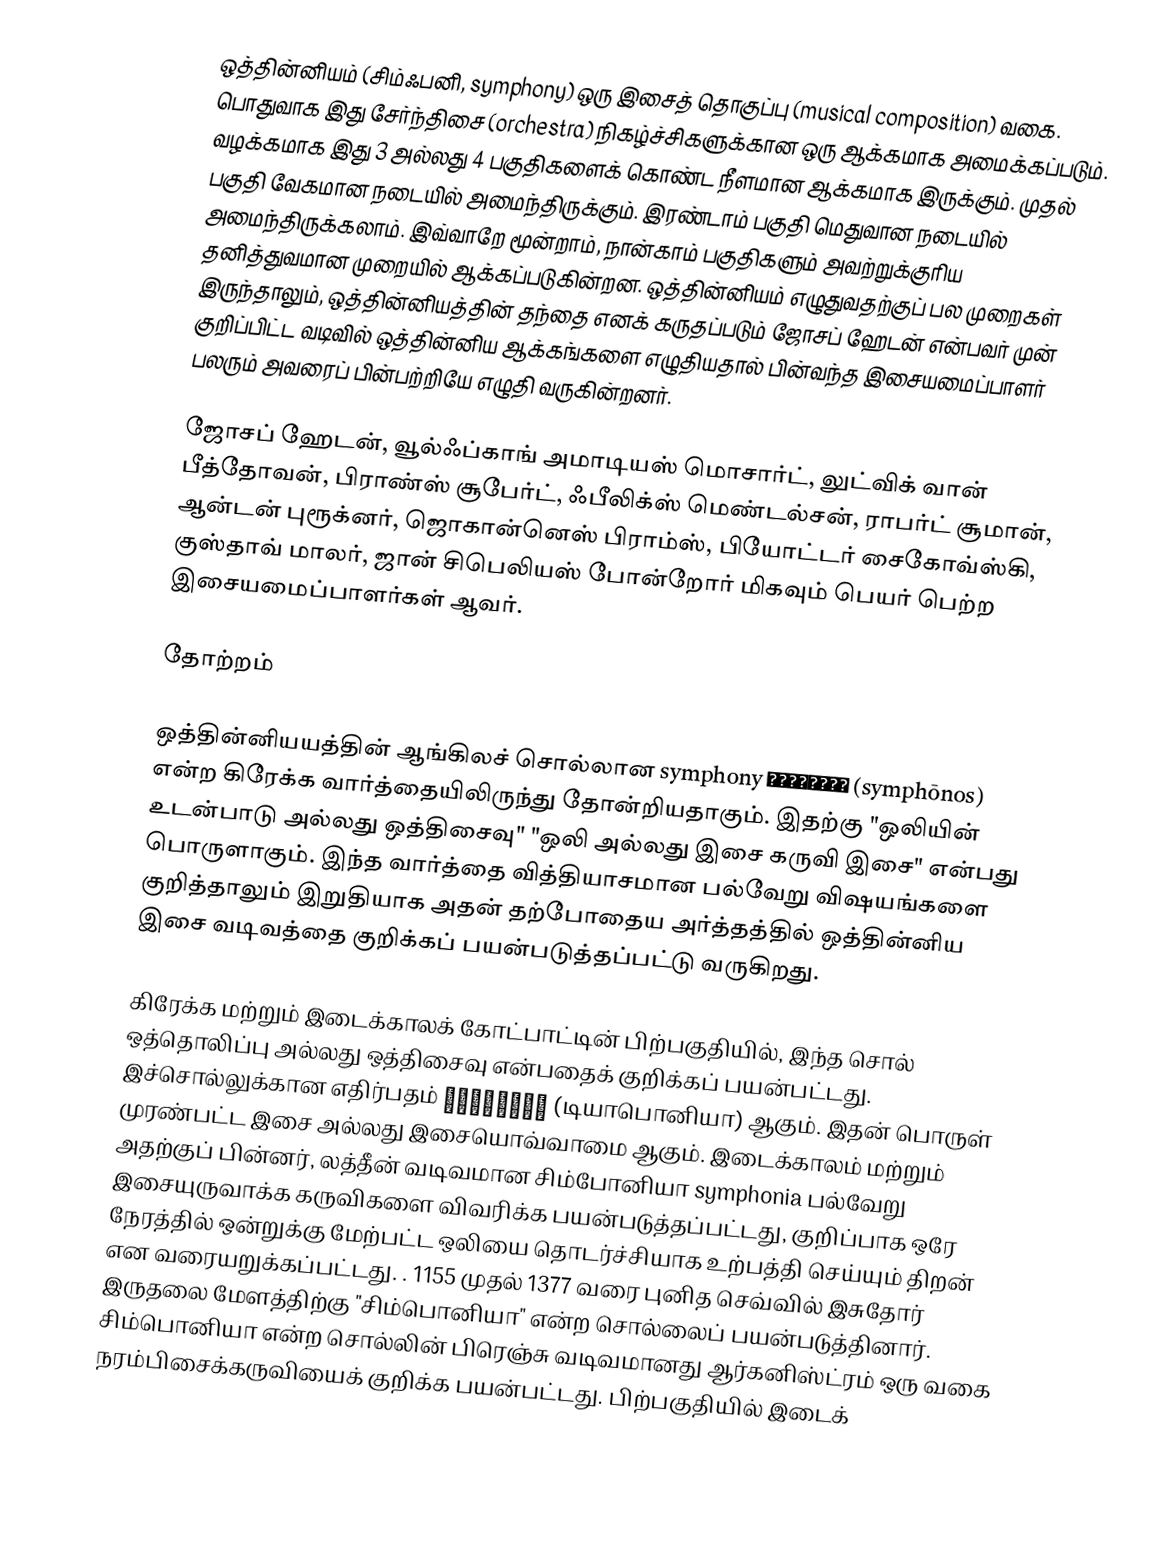
ஒத்தின்னியம் (சிம்ஃபனி, symphony) ஒரு இசைத் தொகுப்பு (musical composition) வகை. பொதுவாக இது சேர்ந்திசை (orchestra) நிகழ்ச்சிகளுக்கான ஒரு ஆக்கமாக அமைக்கப்படும். வழக்கமாக இது 3 அல்லது 4 பகுதிகளைக் கொண்ட நீளமான ஆக்கமாக இருக்கும். முதல் பகுதி வேகமான நடையில் அமைந்திருக்கும். இரண்டாம் பகுதி மெதுவான நடையில் அமைந்திருக்கலாம். இவ்வாறே மூன்றாம், நான்காம் பகுதிகளும் அவற்றுக்குரிய தனித்துவமான முறையில் ஆக்கப்படுகின்றன. ஒத்தின்னியம் எழுதுவதற்குப் பல முறைகள் இருந்தாலும், ஒத்தின்னியத்தின் தந்தை எனக் கருதப்படும் ஜோசப் ஹேடன் என்பவர் முன் குறிப்பிட்ட வடிவில் ஒத்தின்னிய ஆக்கங்களை எழுதியதால் பின்வந்த இசையமைப்பாளர் பலரும் அவரைப் பின்பற்றியே எழுதி வருகின்றனர்.

ஜோசப் ஹேடன், வூல்ஃப்காங் அமாடியஸ் மொசார்ட், லுட்விக் வான் பீத்தோவன், பிராண்ஸ் சூபேர்ட், ஃபீலிக்ஸ் மெண்டல்சன், ராபர்ட் சூமான், ஆன்டன் புரூக்னர், ஜொகான்னெஸ் பிராம்ஸ், பியோட்டர் சைகோவ்ஸ்கி, குஸ்தாவ் மாலர், ஜான் சிபெலியஸ் போன்றோர் மிகவும் பெயர் பெற்ற இசையமைப்பாளர்கள் ஆவர்.

தோற்றம்

ஒத்தின்னியயத்தின் ஆங்கிலச் சொல்லான symphony  Σύμφωνος (symphōnos) என்ற கிரேக்க வார்த்தையிலிருந்து தோன்றியதாகும். இதற்கு "ஒலியின் உடன்பாடு அல்லது ஒத்திசைவு"  "ஒலி அல்லது இசை கருவி இசை" என்பது பொருளாகும்.   இந்த வார்த்தை  வித்தியாசமான பல்வேறு விஷயங்களை குறித்தாலும்  இறுதியாக அதன் தற்போதைய அர்த்தத்தில் ஒத்தின்னிய இசை வடிவத்தை குறிக்கப் பயன்படுத்தப்பட்டு வருகிறது.

கிரேக்க மற்றும் இடைக்காலக் கோட்பாட்டின் பிற்பகுதியில், இந்த சொல் ஒத்தொலிப்பு அல்லது ஒத்திசைவு என்பதைக் குறிக்கப் பயன்பட்டது. இச்சொல்லுக்கான எதிர்பதம் διαφωνία (டியாபொனியா) ஆகும். இதன் பொருள் முரண்பட்ட இசை அல்லது இசையொவ்வாமை ஆகும்.  இடைக்காலம் மற்றும் அதற்குப் பின்னர், லத்தீன் வடிவமான சிம்போனியா symphonia பல்வேறு இசையுருவாக்க கருவிகளை விவரிக்க பயன்படுத்தப்பட்டது, குறிப்பாக ஒரே நேரத்தில் ஒன்றுக்கு மேற்பட்ட ஒலியை தொடர்ச்சியாக உற்பத்தி செய்யும் திறன் என வரையறுக்கப்பட்டது. . 1155 முதல் 1377 வரை  புனித செவ்வில் இசுதோர் இருதலை மேளத்திற்கு "சிம்பொனியா" என்ற சொல்லைப் பயன்படுத்தினார். சிம்பொனியா என்ற சொல்லின் பிரெஞ்சு வடிவமானது ஆர்கனிஸ்ட்ரம் ஒரு வகை நரம்பிசைக்கருவியைக் குறிக்க பயன்பட்டது.  பிற்பகுதியில் இடைக்